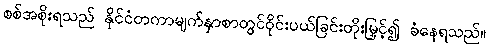
စစ်အစိုးရသည် နိုင်ငံတကာမျက်နှာစာတွင်ဝိုင်းပယ်ခြင်းတိုးမြှင့်၍ ခံနေရသည်။